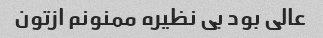
عالی بود بی نظیره ممنونم ازتون